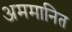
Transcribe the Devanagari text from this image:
अममानित